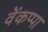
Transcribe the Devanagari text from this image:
वेंकप्पा